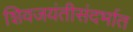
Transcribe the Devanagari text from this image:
शिवजयंतीसंदर्भात